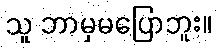
သူ ဘာမှမပြောဘူး။